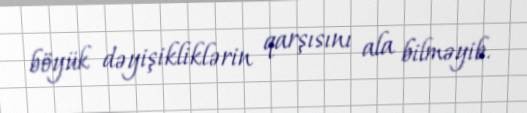
böyük dəyişikliklərin qarşısını ala bilməyib.